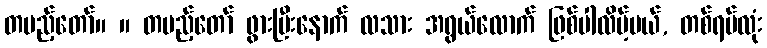
တပည့်တော်။ ။ တပည့်တော် ဖွားပြီးနောက် လသား အရွယ်လောက် ဖြစ်ပါလိမ့်မယ်, တစ်ရပ်လုံး